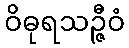
ဝိဓုရသဉ္ဇီဝံ